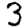
Digit: 3